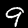
Digit: 9